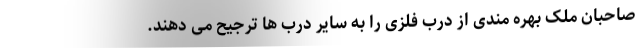
صاحبان ملک بهره مندی از درب فلزی را به سایر درب ها ترجیح می دهند.